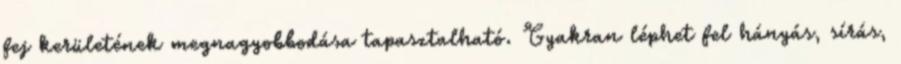
fej kerületének megnagyobbodása tapasztalható. Gyakran léphet fel hányás, sírás,